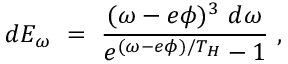
d E _ { \omega } ~ = ~ \frac { ( \omega - e \phi ) ^ { 3 } ~ d \omega } { e ^ { ( \omega - e \phi ) / T _ { H } } - 1 } ~ ,